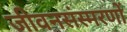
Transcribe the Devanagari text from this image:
जीवनसंस्मरणों